Report on vaccination in the Province of Bengal - 1874-1889
Year: 1874
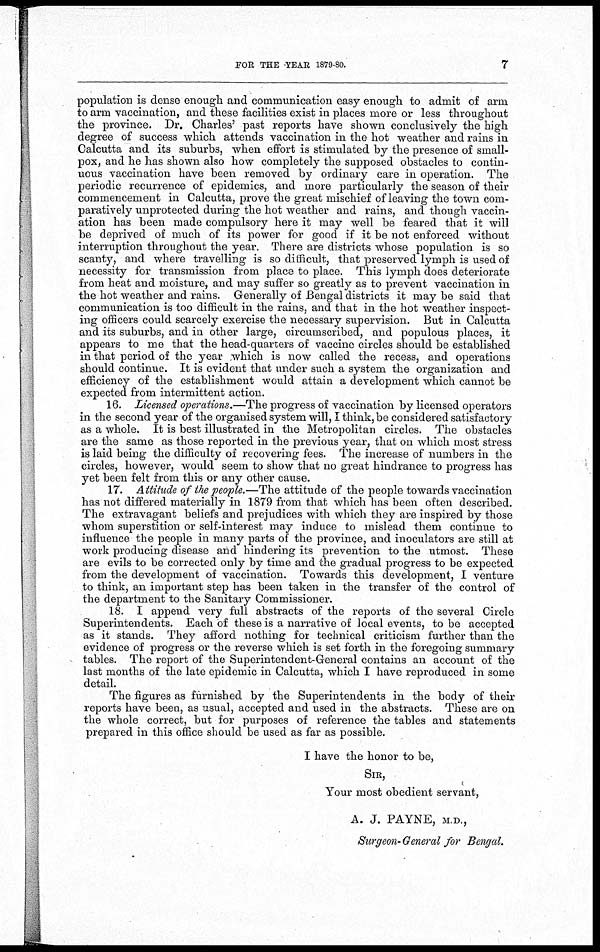
FOR THE YEAR 1879-80.
7
population is dense enough and communication easy enough to admit of arm
to arm vaccination, and these facilities exist in places more or less throughout
the province. Dr. Charles' past reports have shown conclusively the high
degree of success which attends vaccination in the hot weather and rains in
Calcutta and its suburbs, when effort is stimulated by the presence of small-
pox, and he has shown also how completely the supposed obstacles to contin-
uous vaccination have been removed by ordinary care in operation. The
periodic recurrence of epidemics, and more particularly the season of their
commencement in Calcutta, prove the great mischief of leaving the town com-
paratively unprotected during the hot weather and rains, and though vaccin-
ation has been made compulsory here it may well be feared that it will
be deprived of much of its power for good if it be not enforced without
interruption throughout the year. There are districts whose population is so
scanty, and where travelling is so difficult, that preserved lymph is used of
necessity for transmission from place to place. This lymph does deteriorate
from heat and moisture, and may suffer so greatly as to prevent vaccination in
the hot weather and rains. Generally of Bengal districts it may be said that
communication is too difficult in the rains, and that in the hot weather inspect-
ing officers could scarcely exercise the necessary supervision. But in Calcutta
and its suburbs, and in other large, circumscribed, and populous places, it
appears to me that the head-quarters of vaccine circles should be established
in that period of the year which is now called the recess, and operations
should continue. It is evident that under such a system the organization and
efficiency of the establishment would attain a development which cannot be
expected from intermittent action.
16. Licensed operations.—The progress of vaccination by licensed operators
in the second year of the organised system will, I think, be considered satisfactory
as a whole. It is best illustrated in the Metropolitan circles. The obstacles
are the same as those reported in the previous year, that on which most stress
is laid being the difficulty of recovering fees. The increase of numbers in the
circles, however, would seem to show that no great hindrance to progress has
yet been felt from this or any other cause.
17. Attitude of the people.—The attitude of the people towards vaccination
has not differed materially in 1879 from that which has been often described.
The extravagant beliefs and prejudices with which they are inspired by those
whom superstition or self-interest may induce to mislead them continue to
influence the people in many parts of the province, and inoculators are still at
work producing disease and hindering its prevention to the utmost. These
are evils to be corrected only by time and the gradual progress to be expected
from the development of vaccination. Towards this development, I venture
to think, an important step has been taken in the transfer of the control of
the department to the Sanitary Commissioner.
18. I append very full abstracts of the reports of the several Circle
Superintendents. Each of these is a narrative of local events, to be accepted
as it stands. They afford nothing for technical criticism further than the
evidence of progress or the reverse which is set forth in the foregoing summary
tables. The report of the Superintendent-General contains an account of the
last months of the late epidemic in Calcutta, which I have reproduced in some
detail.
The figures as furnished by the Superintendents in the body of their
reports have been, as usual, accepted and used in the abstracts. These are on
the whole correct, but for purposes of reference the tables and statements
prepared in this office should be used as far as possible.
I have the honor to be,
SIR,
Your most obedient servant,
A. J. PAYNE, M.D.,
Surgeon- General for Bengal.